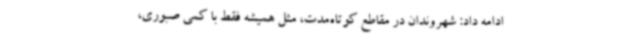
ادامه داد: شهروندان در مقاطع کوتاه‌مدت، مثل همیشه فقط با کمی صبوری،